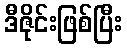
ဒီဇိုင်းဖြစ်ပြီး